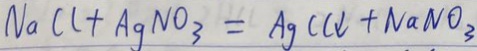
N a C l + A g N O _ { 3 } = A g C l \downarrow + N a N O _ { 3 }